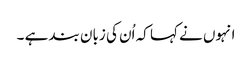
انہوں نے کہا کہ اُن کی زبان بند ہے ۔